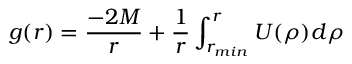
g ( r ) = { \frac { - 2 M } { r } } + { \frac { 1 } { r } } \int _ { r _ { m i n } } ^ { r } U ( \rho ) d \rho